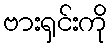
ဗားရှင်းကို